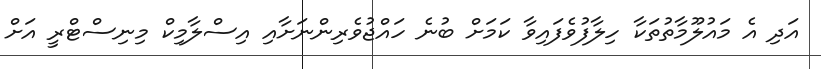
އަދި އެ މައުލޫމާތުތަކާ ހިލާފުވެފައިވާ ކަމަށް ބުނެ ހައްޖުވެރިންނަށާއި އިސްލާމިކް މިނިސްޓްރީ އަށް